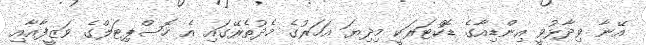
އޭނާ ވިދާޅުވީ އިންޑިއާގެ ޑޮކްޓަރަކީ މިދިޔަ އަހަރުގެ މެދުތެރޭގައި އެ ހޮސްޕިޓަލްގެ ވަޒީފާއާއި